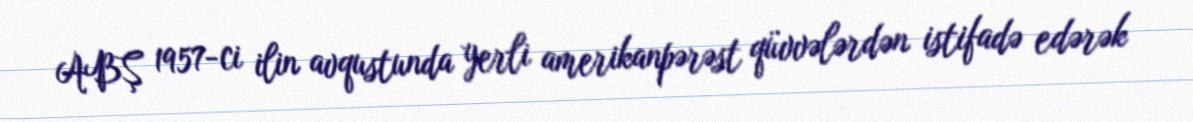
ABŞ 1957-ci ilin avqustunda yerli amerikanpərəst qüvvələrdən istifadə edərək